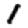
Digit: 1